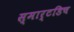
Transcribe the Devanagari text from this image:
स्मार्टडिच